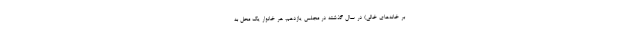
بر خانه‌های خالی) در سال گذشته در مجلس یازدهم، هر خانوار یک محل به